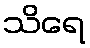
သိရေ